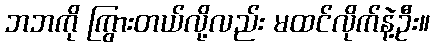
ဘဘကို ကြွားတယ်လို့လည်း မထင်လိုက်နဲ့ဦး။